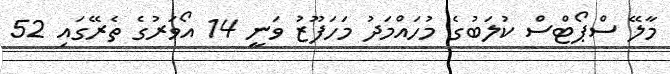
މާލޭ ސްޕޯޓްސް ކުލަބުގެ މުހައްމަދު މަހަފޫޒު ވަނީ 14 އޯވަރުގެ ތެރޭގައި 52